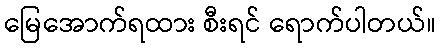
မြေအောက်ရထား စီးရင် ရောက်ပါတယ်။